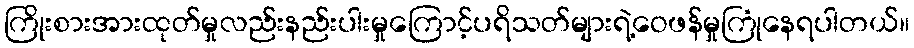
ကြိုးစားအားထုတ်မှုလည်းနည်းပါးမှုကြောင့်ပရိသတ်များရဲ့ဝေဖန်မှုကြုံနေရပါတယ်။